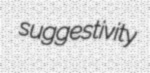
suggestivity